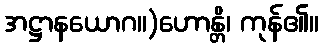
အဋ္ဌာနယောဂ။)ဟောန္တိ၊ ကုန်၏။